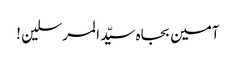
آمین بجاہ سیّد المرسلین !